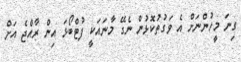
ގިނަ މީހުންނަށް އެ ވަގުތުކޮޅުން ނެގޭ މާނައަކީ ފުޓްބޯޅަ އިން ރާއްޖެ އަށް